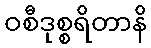
ဝစီဒုစ္စရိတာနိ